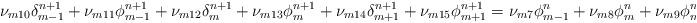
LaTeX: \begin{align*}\nu _{m10}\delta _{m-1}^{n+1}+\nu _{m11}\phi _{m-1}^{n+1}+\nu _{m12}\delta_{m}^{n+1}+\nu _{m13}\phi _{m}^{n+1}+\nu _{m14}\delta _{m+1}^{n+1}+\nu_{m15}\phi _{m+1}^{n+1}=\nu _{m7}\phi _{m-1}^{n}+\nu _{m8}\phi _{m}^{n}+\nu_{m9}\phi _{m+1}^{n} \end{align*}